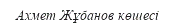
Ахмет Жұбанов көшесі